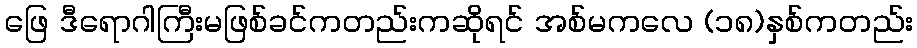
ဖြေ ဒီရောဂါကြီးမဖြစ်ခင်ကတည်းကဆိုရင် အစ်မကလေ (၁၈)နှစ်ကတည်း